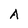
Character: A